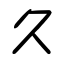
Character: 久